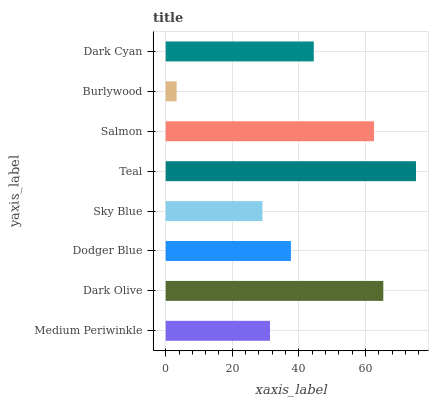
| yaxis_label | bars |
 | --- | --- |
 | Medium Periwinkle | 31.3 |
 | Dark Olive | 65.3 |
 | Dodger Blue | 37.6 |
 | Sky Blue | 29 |
 | Teal | 75.1 |
 | Salmon | 62.5 |
 | Burlywood | 3.29 |
 | Dark Cyan | 44.4 |